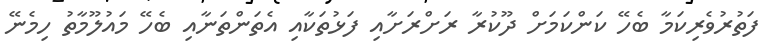
ފަތުރުވެރިކަމާ ބެހޭ ކަންކަމަށް ދޫކުރާ ރަށްރަށާއި ފަޅުތަކާއި އެތަންތަނާއި ބެހޭ މައުލޫމާތު ހިމެނޭ